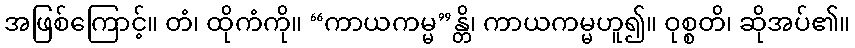
အဖြစ်ကြောင့်။ တံ၊ ထိုကံကို။ “ကာယကမ္မ”န္တိ၊ ကာယကမ္မဟူ၍။ ဝုစ္စတိ၊ ဆိုအပ်၏။